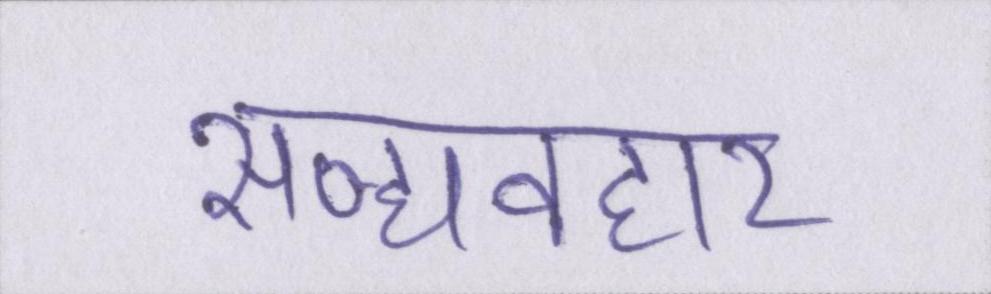
सद्व्यवहार